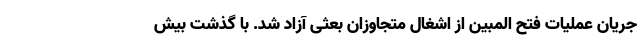
جریان عملیات فتح المبین از اشغال متجاوزان بعثی آزاد شد. با گذشت بیش